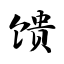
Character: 馈